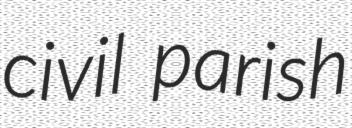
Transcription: civil parish